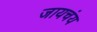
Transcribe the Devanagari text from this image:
जायचंय